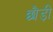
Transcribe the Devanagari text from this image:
छौड़ी